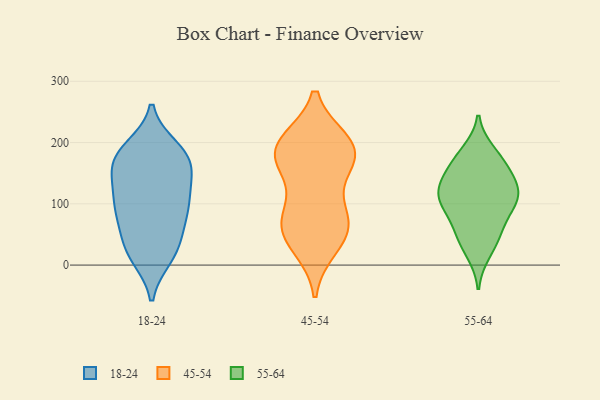
{"axis": {"x": "Energy Usage (MWh)", "y": "Value"}, "legend": ["18-24", "45-54", "55-64"], "data": [{"x": "", "y": 17, "type": "18-24"}, {"x": "", "y": 35, "type": "18-24"}, {"x": "", "y": 181, "type": "18-24"}, {"x": "", "y": 191, "type": "18-24"}, {"x": "", "y": 50, "type": "18-24"}, {"x": "", "y": 74, "type": "18-24"}, {"x": "", "y": 171, "type": "18-24"}, {"x": "", "y": 129, "type": "18-24"}, {"x": "", "y": 102, "type": "18-24"}, {"x": "", "y": 108, "type": "18-24"}, {"x": "", "y": 183, "type": "18-24"}, {"x": "", "y": 77, "type": "18-24"}, {"x": "", "y": 19, "type": "18-24"}, {"x": "", "y": 150, "type": "18-24"}, {"x": "", "y": 150, "type": "18-24"}, {"x": "", "y": 99, "type": "18-24"}, {"x": "", "y": 157, "type": "18-24"}, {"x": "", "y": 183, "type": "18-24"}, {"x": "", "y": 96, "type": "18-24"}, {"x": "", "y": 13, "type": "18-24"}, {"x": "", "y": 84, "type": "45-54"}, {"x": "", "y": 59, "type": "45-54"}, {"x": "", "y": 174, "type": "45-54"}, {"x": "", "y": 192, "type": "45-54"}, {"x": "", "y": 74, "type": "45-54"}, {"x": "", "y": 170, "type": "45-54"}, {"x": "", "y": 44, "type": "45-54"}, {"x": "", "y": 76, "type": "45-54"}, {"x": "", "y": 31, "type": "45-54"}, {"x": "", "y": 192, "type": "45-54"}, {"x": "", "y": 200, "type": "45-54"}, {"x": "", "y": 157, "type": "45-54"}, {"x": "", "y": 197, "type": "45-54"}, {"x": "", "y": 132, "type": "55-64"}, {"x": "", "y": 65, "type": "55-64"}, {"x": "", "y": 175, "type": "55-64"}, {"x": "", "y": 114, "type": "55-64"}, {"x": "", "y": 128, "type": "55-64"}, {"x": "", "y": 114, "type": "55-64"}, {"x": "", "y": 184, "type": "55-64"}, {"x": "", "y": 54, "type": "55-64"}, {"x": "", "y": 107, "type": "55-64"}, {"x": "", "y": 98, "type": "55-64"}, {"x": "", "y": 156, "type": "55-64"}, {"x": "", "y": 21, "type": "55-64"}, {"x": "", "y": 158, "type": "55-64"}, {"x": "", "y": 99, "type": "55-64"}, {"x": "", "y": 41, "type": "55-64"}]}